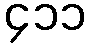
၄၁၁